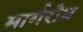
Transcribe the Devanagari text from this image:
मार्गरोध